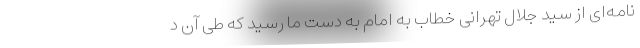
نامه‌ای از سید جلال تهرانی خطاب به امام به دست ما رسید که طی آن د